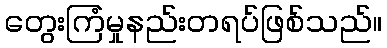
တွေးကြံမှုနည်းတရပ်ဖြစ်သည်။